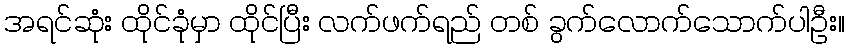
အရင်ဆုံး ထိုင်ခုံမှာ ထိုင်ပြီး လက်ဖက်ရည် တစ် ခွက်လောက်သောက်ပါဦး။